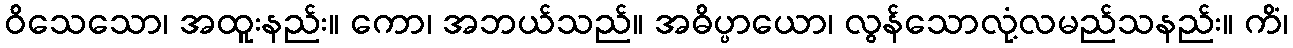
ဝိသေသော၊ အထူးနည်း။ ကော၊ အဘယ်သည်။ အဓိပ္ပာယော၊ လွန်သောလုံ့လမည်သနည်း။ ကိံ၊